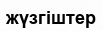
жүзгіштер